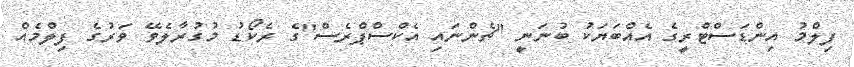
ފިލްމު އިންޑަސްޓްރީގެ އެއްބަޔަކު ބުނަނީ "ޗެންނައި އެކްސްޕްރެސް"ގެ ރެކޯޑު މުގުރާލެވޭ ވަރުގެ ފިލްމެއް